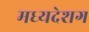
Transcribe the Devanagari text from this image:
मध्यदेशग